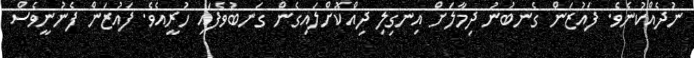
ނުދެއްކުނެވެ. ފައުޒަން ގެނބުނު ދިމާލަށް އިނގިލި ދިއްކޮށްލައިގެން ގަނބުވެފައި ހުރީއެވެ. ފައުޒަން ފެނުނީވެސް